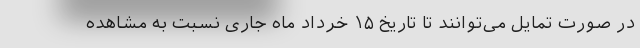
در صورت تمایل می‌توانند تا تاریخ ۱۵ خرداد ماه جاری نسبت به مشاهده